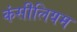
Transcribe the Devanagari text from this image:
कंसीलियम